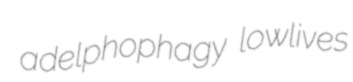
adelphophagy lowlives